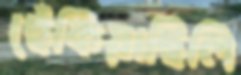
ছেঁকিয়াছিলি